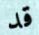
قد